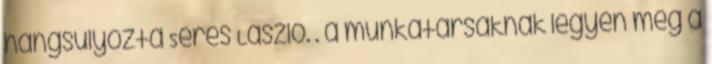
hangsúlyozta Seres László. . a munkatársaknak legyen meg a